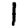
Digit: 1